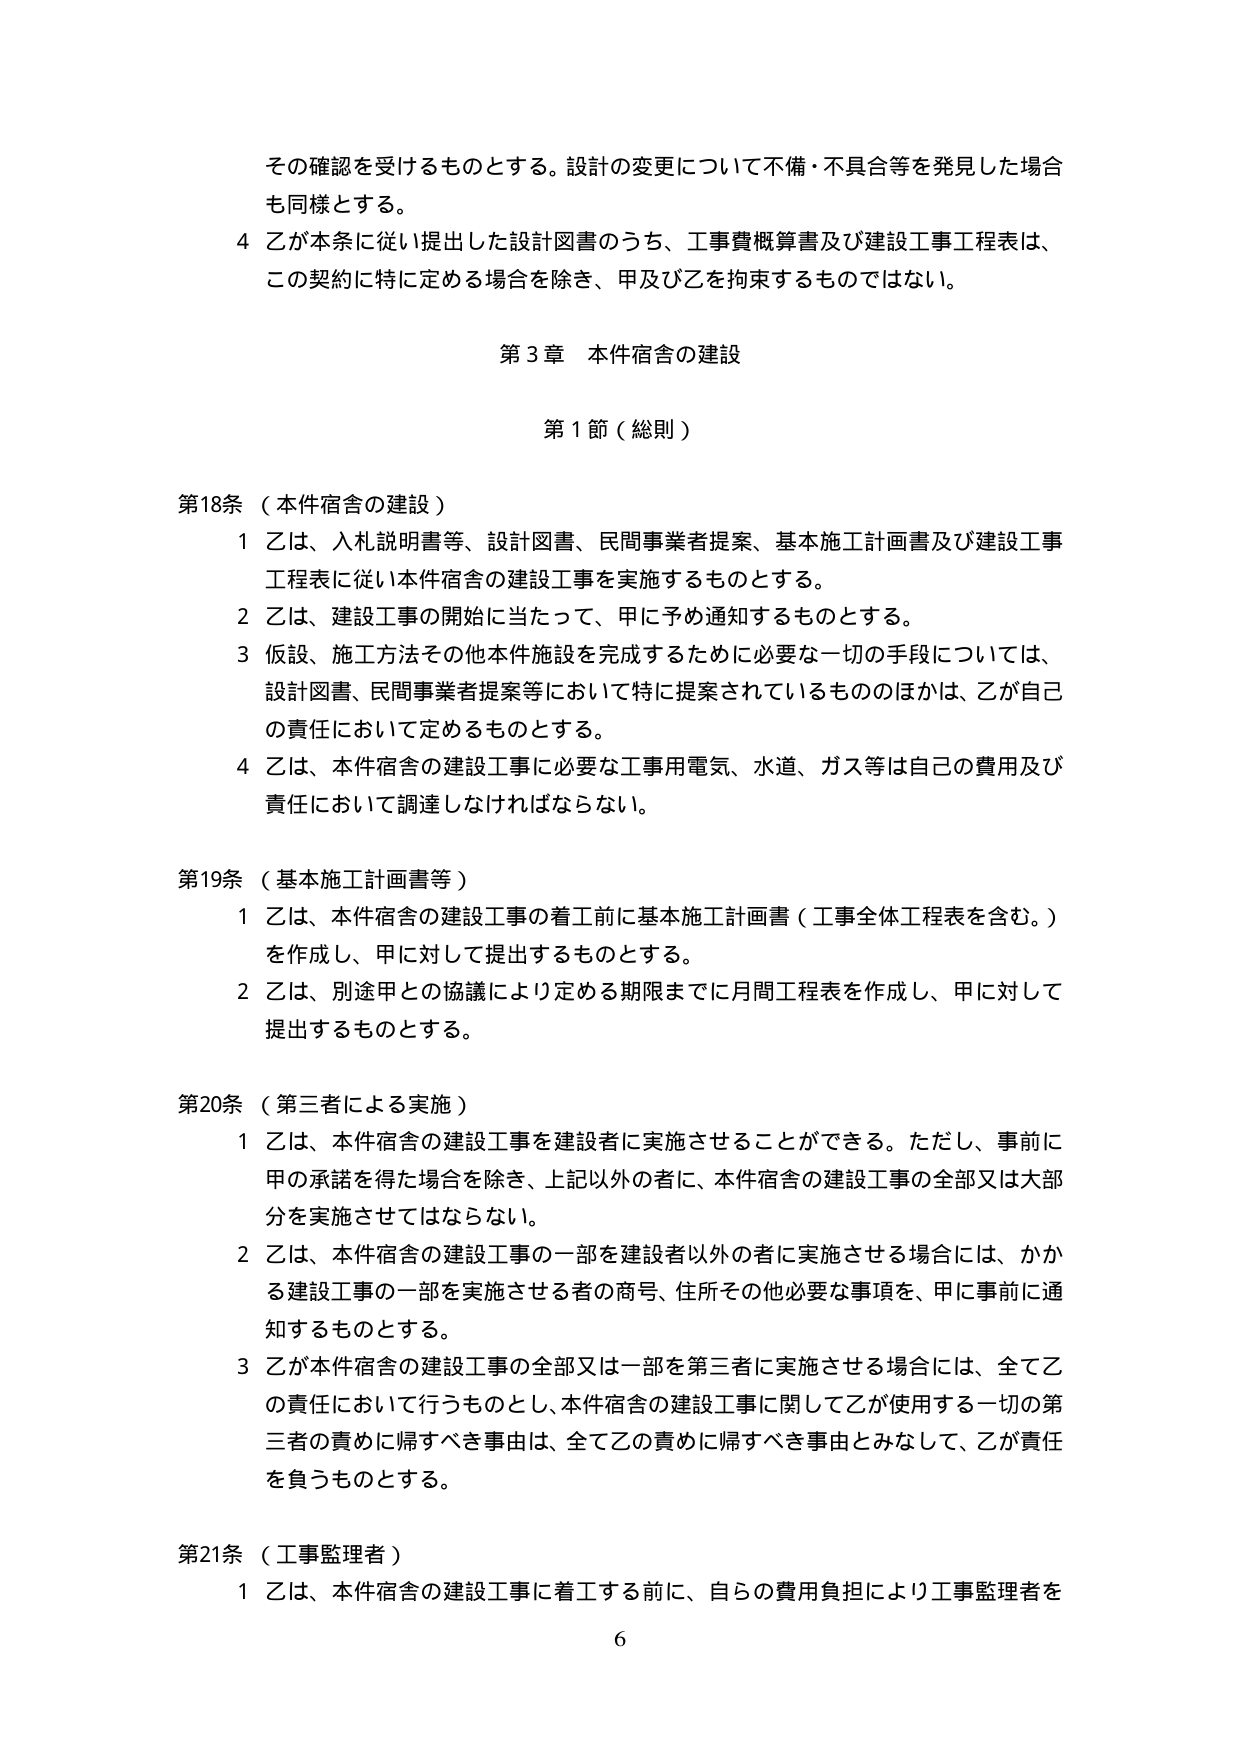
その確認を受けるものとする。設計の変更について不備・不具合等を発見した場合も同様とする。

4 乙が本条に従い提出した設計図書のうち、工事費概算書及び建設工事工程表は、この契約に特に定める場合を除き、甲及び乙を拘束するものではない。

第3章 本件宿舎の建設

第1節（総則）

第18条（本件宿舎の建設）

1 乙は、入札説明書等、設計図書、民間事業者提案、基本施工計画書及び建設工事工程表に従い本件宿舎の建設工事を実施するものとする。

2 乙は、建設工事の開始に当たって、甲に予め通知するものとする。

3 仮設、施工方法その他本件施設を完成するために必要な一切の手段については、設計図書、民間事業者提案等において特に提案されているもののほかは、乙が自己の責任において定めるものとする。

4 乙は、本件宿舎の建設工事に必要な工事用電気、水道、ガス等は自己の費用及び責任において調達しなければならない。

第19条（基本施工計画書等）

1 乙は、本件宿舎の建設工事の着工前に基本施工計画書（工事全体工程表を含む。）を作成し、甲に対して提出するものとする。

2 乙は、別途甲との協議により定める期限までに月間工程表を作成し、甲に対して提出するものとする。

第20条（第三者による実施）

1 乙は、本件宿舎の建設工事を建設者に実施させることができる。ただし、事前に甲の承諾を得た場合を除き、上記以外の者に、本件宿舎の建設工事の全部又は大部分を実施させてはならない。

2 乙は、本件宿舎の建設工事の一部を建設者以外の者に実施させる場合には、かかる建設工事の一部を実施させる者の商号、住所その他必要な事項を、甲に事前に通知するものとする。

3 乙が本件宿舎の建設工事の全部又は一部を第三者に実施させる場合には、全て乙の責任において行うものとし、本件宿舎の建設工事に関して乙が使用する一切の第三者の責めに帰すべき事由は、全て乙の責めに帰すべき事由とみなして、乙が責任を負うものとする。

第21条（工事監理者）

1 乙は、本件宿舎の建設工事に着工する前に、自らの費用負担により工事監理者を

6